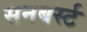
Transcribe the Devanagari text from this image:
सनबर्स्ट